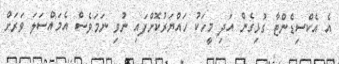
އެ އެކްސިޑެންޓާ ގުޅިގެން އަދި މީހަކު ހައްޔަރުކޮށްފައި ނުވި ނަމަވެސް އެމައްސަލަ ވަރަށް